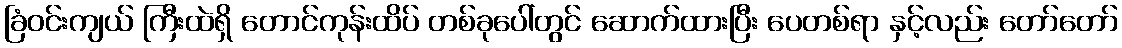
ခြံဝင်းကျယ် ကြီးထဲရှိ တောင်ကုန်းထိပ် တစ်ခုပေါ်တွင် ဆောက်ထားပြီး ပေတစ်ရာ နှင့်လည်း တော်တော်